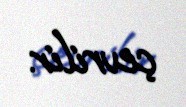
çevrilir.